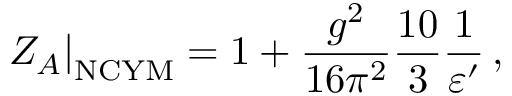
\left. Z _ { A } \right| _ { \mathrm { N C Y M } } = 1 + \frac { g ^ { 2 } } { 1 6 \pi ^ { 2 } } \frac { 1 0 } { 3 } \frac { 1 } { \varepsilon ^ { \prime } } \, ,